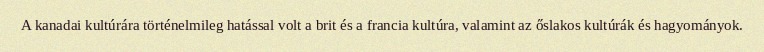
A kanadai kultúrára történelmileg hatással volt a brit és a francia kultúra, valamint az őslakos kultúrák és hagyományok.